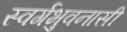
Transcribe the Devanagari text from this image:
स्वर्गभुवनासी